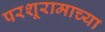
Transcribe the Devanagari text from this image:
परशूरामाच्या